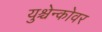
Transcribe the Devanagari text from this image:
युश्चेन्कोवर